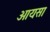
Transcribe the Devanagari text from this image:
आयसा